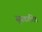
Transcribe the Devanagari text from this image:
सुप्रकाशित